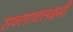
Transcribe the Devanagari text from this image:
सन्तानलक्ष्मी